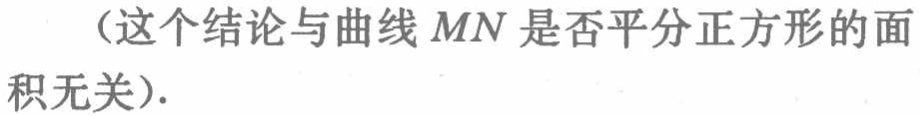
（这个结论与曲线 \(MN\) 是否平分正方形的面积无关）.